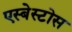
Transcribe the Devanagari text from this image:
एस्बेस्टोस